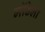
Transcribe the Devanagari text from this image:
मॉडेलो